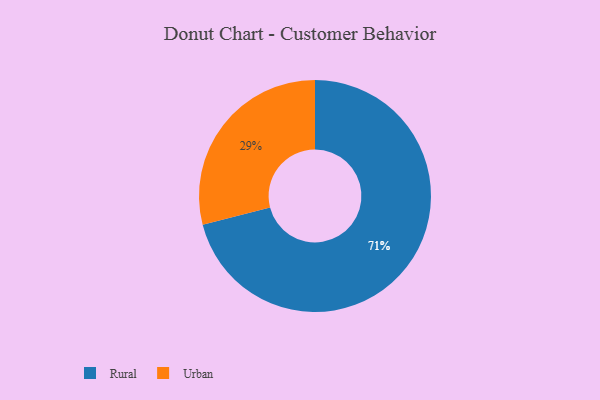
{"axis": {"x": "Category", "y": "Percentage"}, "legend": ["Rural", "Urban"], "data": [{"x": "Rural", "y": 71, "type": "Rural"}, {"x": "Urban", "y": 29, "type": "Urban"}]}